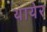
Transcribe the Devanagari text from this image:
थायेर